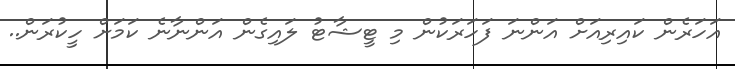
އަހަރެން ކައިރިއަށް އަންނަ ފަހަރަކުން މި ޓީޝާޓު ލައިގެން އަންނާނެ ކަމަށް ހީކުރަން..